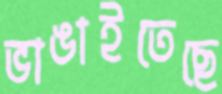
ভাঙাইতেছে